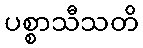
ပစ္စာသီသတိ